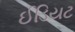
ઈડિયટ